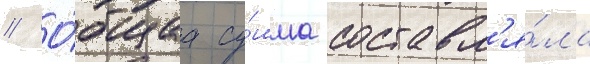
// О́бщаа су́мма составл'я́ла